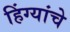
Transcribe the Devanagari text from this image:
हिंग्यांचे